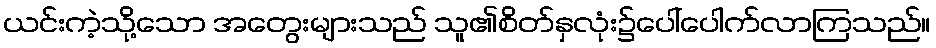
ယင်းကဲ့သို့သော အတွေးများသည် သူ၏စိတ်နှလုံး၌ပေါ်ပေါက်လာကြသည်။